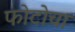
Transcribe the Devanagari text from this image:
फोटोचा